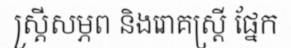
ស្ត្រីសម្ភព និងរោគស្ត្រី ផ្នែក